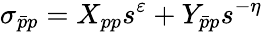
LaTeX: \sigma_{\bar{p}p}=X_{pp}s^{\varepsilon}+Y_{\bar{p}p}s^{-\eta}